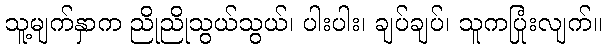
သူ့မျက်နှာက ညိုညိုသွယ်သွယ်၊ ပါးပါး၊ ချပ်ချပ်၊ သူကပြုံးလျက်။